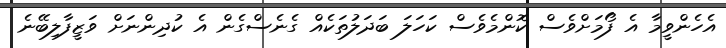
އެހެންވީމާ އެ ފޯމަށްވެސް ކޮންމެވެސް ކަހަލަ ބަދަލުތަކެއް ގެނެސްގެން އެ ކުދިންނަށް ވަޒީފާލިބޭނެ